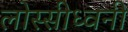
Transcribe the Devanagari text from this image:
लोस्सीध्वनी